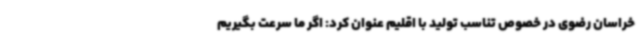
خراسان رضوی در خصوص تناسب تولید با اقلیم عنوان کرد: اگر ما سرعت بگیریم